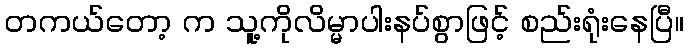
တကယ်တော့ က သူ့ကိုလိမ္မာပါးနပ်စွာဖြင့် စည်းရုံးနေပြီ။